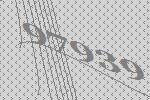
97939